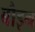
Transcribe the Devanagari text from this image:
बौइन